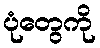
ပုံတွေကို